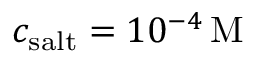
c _ { \mathrm { s a l t } } = 1 0 ^ { - 4 } \, \mathrm { M }